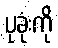
ပုခုံးကို